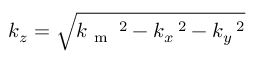
k _ { z } = \sqrt { k _ { \mathrm { ~ m ~ } } \, \! \! \, \! \, \, \! \, \, \! \! \, \! \, \, \! \! \, \! \! \, \! \, \, \! \! \, \! \! \, \! \, \, \! \, \, \! \! \, \! \, \, \! \! \, \! \! \, \! \, \, \! \, \, \! \! \, \! \, \, \! \, \, \! \! \, \! \, \, \! \! \, \! \! \, \! \, \, \! \, \, \! \! \, \! \, \, \! \, \, \! \! ^ { 2 } - k _ { x } \, \! \! \, \! \, \, \! \, \, \! \! \, \! \, \, \! \! \, \! \! \, \! \, \, \! \! \, \! \! \, \! \, \, \! \, \, \! \! \, \! \, \, \! \! \, \! \! \, \! \, \, \! \, \, \! \! \, \! \, \, \! \, \, \! \! \, \! \, \, \! \! \, \! \! \, \! \, \, \! \, \, \! \! \, \! \, \, \! \, \, \! \! ^ { 2 } - k _ { y } \, \! \! \, \! \, \, \! \, \, \! \! \, \! \, \, \! \! \, \! \! \, \! \, \, \! \! \, \! \! \, \! \, \, \! \, \, \! \! \, \! \, \, \! \! \, \! \! \, \! \, \, \! \, \, \! \! \, \! \, \, \! \, \, \! \! \, \! \, \, \! \! \, \! \! \, \! \, \, \! \, \, \! \! \, \! \, \, \! \, \, \! \! ^ { 2 } }